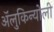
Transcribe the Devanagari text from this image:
ॲलुकिन्योली